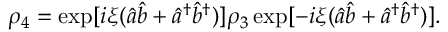
\rho _ { 4 } = \exp [ i \xi ( \hat { a } \hat { b } + \hat { a } ^ { \dagger } \hat { b } ^ { \dagger } ) ] \rho _ { 3 } \exp [ - i \xi ( \hat { a } \hat { b } + \hat { a } ^ { \dagger } \hat { b } ^ { \dagger } ) ] .